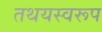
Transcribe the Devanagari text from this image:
तथयस्वरूप